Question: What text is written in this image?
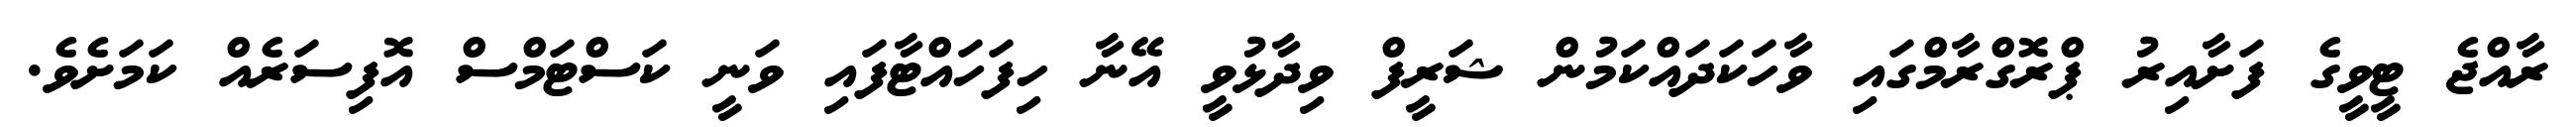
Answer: ރާއްޖެ ޓީވީގެ ފަށާއިރު ޕްރޮގްރާމްގައި ވާހަކަދައްކަމުން ޝަރީފް ވިދާޅުވީ އޭނާ ހިފަހައްޓާފައި ވަނީ ކަސްޓަމްސް އޮފިސަރެއް ކަމަށެވެ.